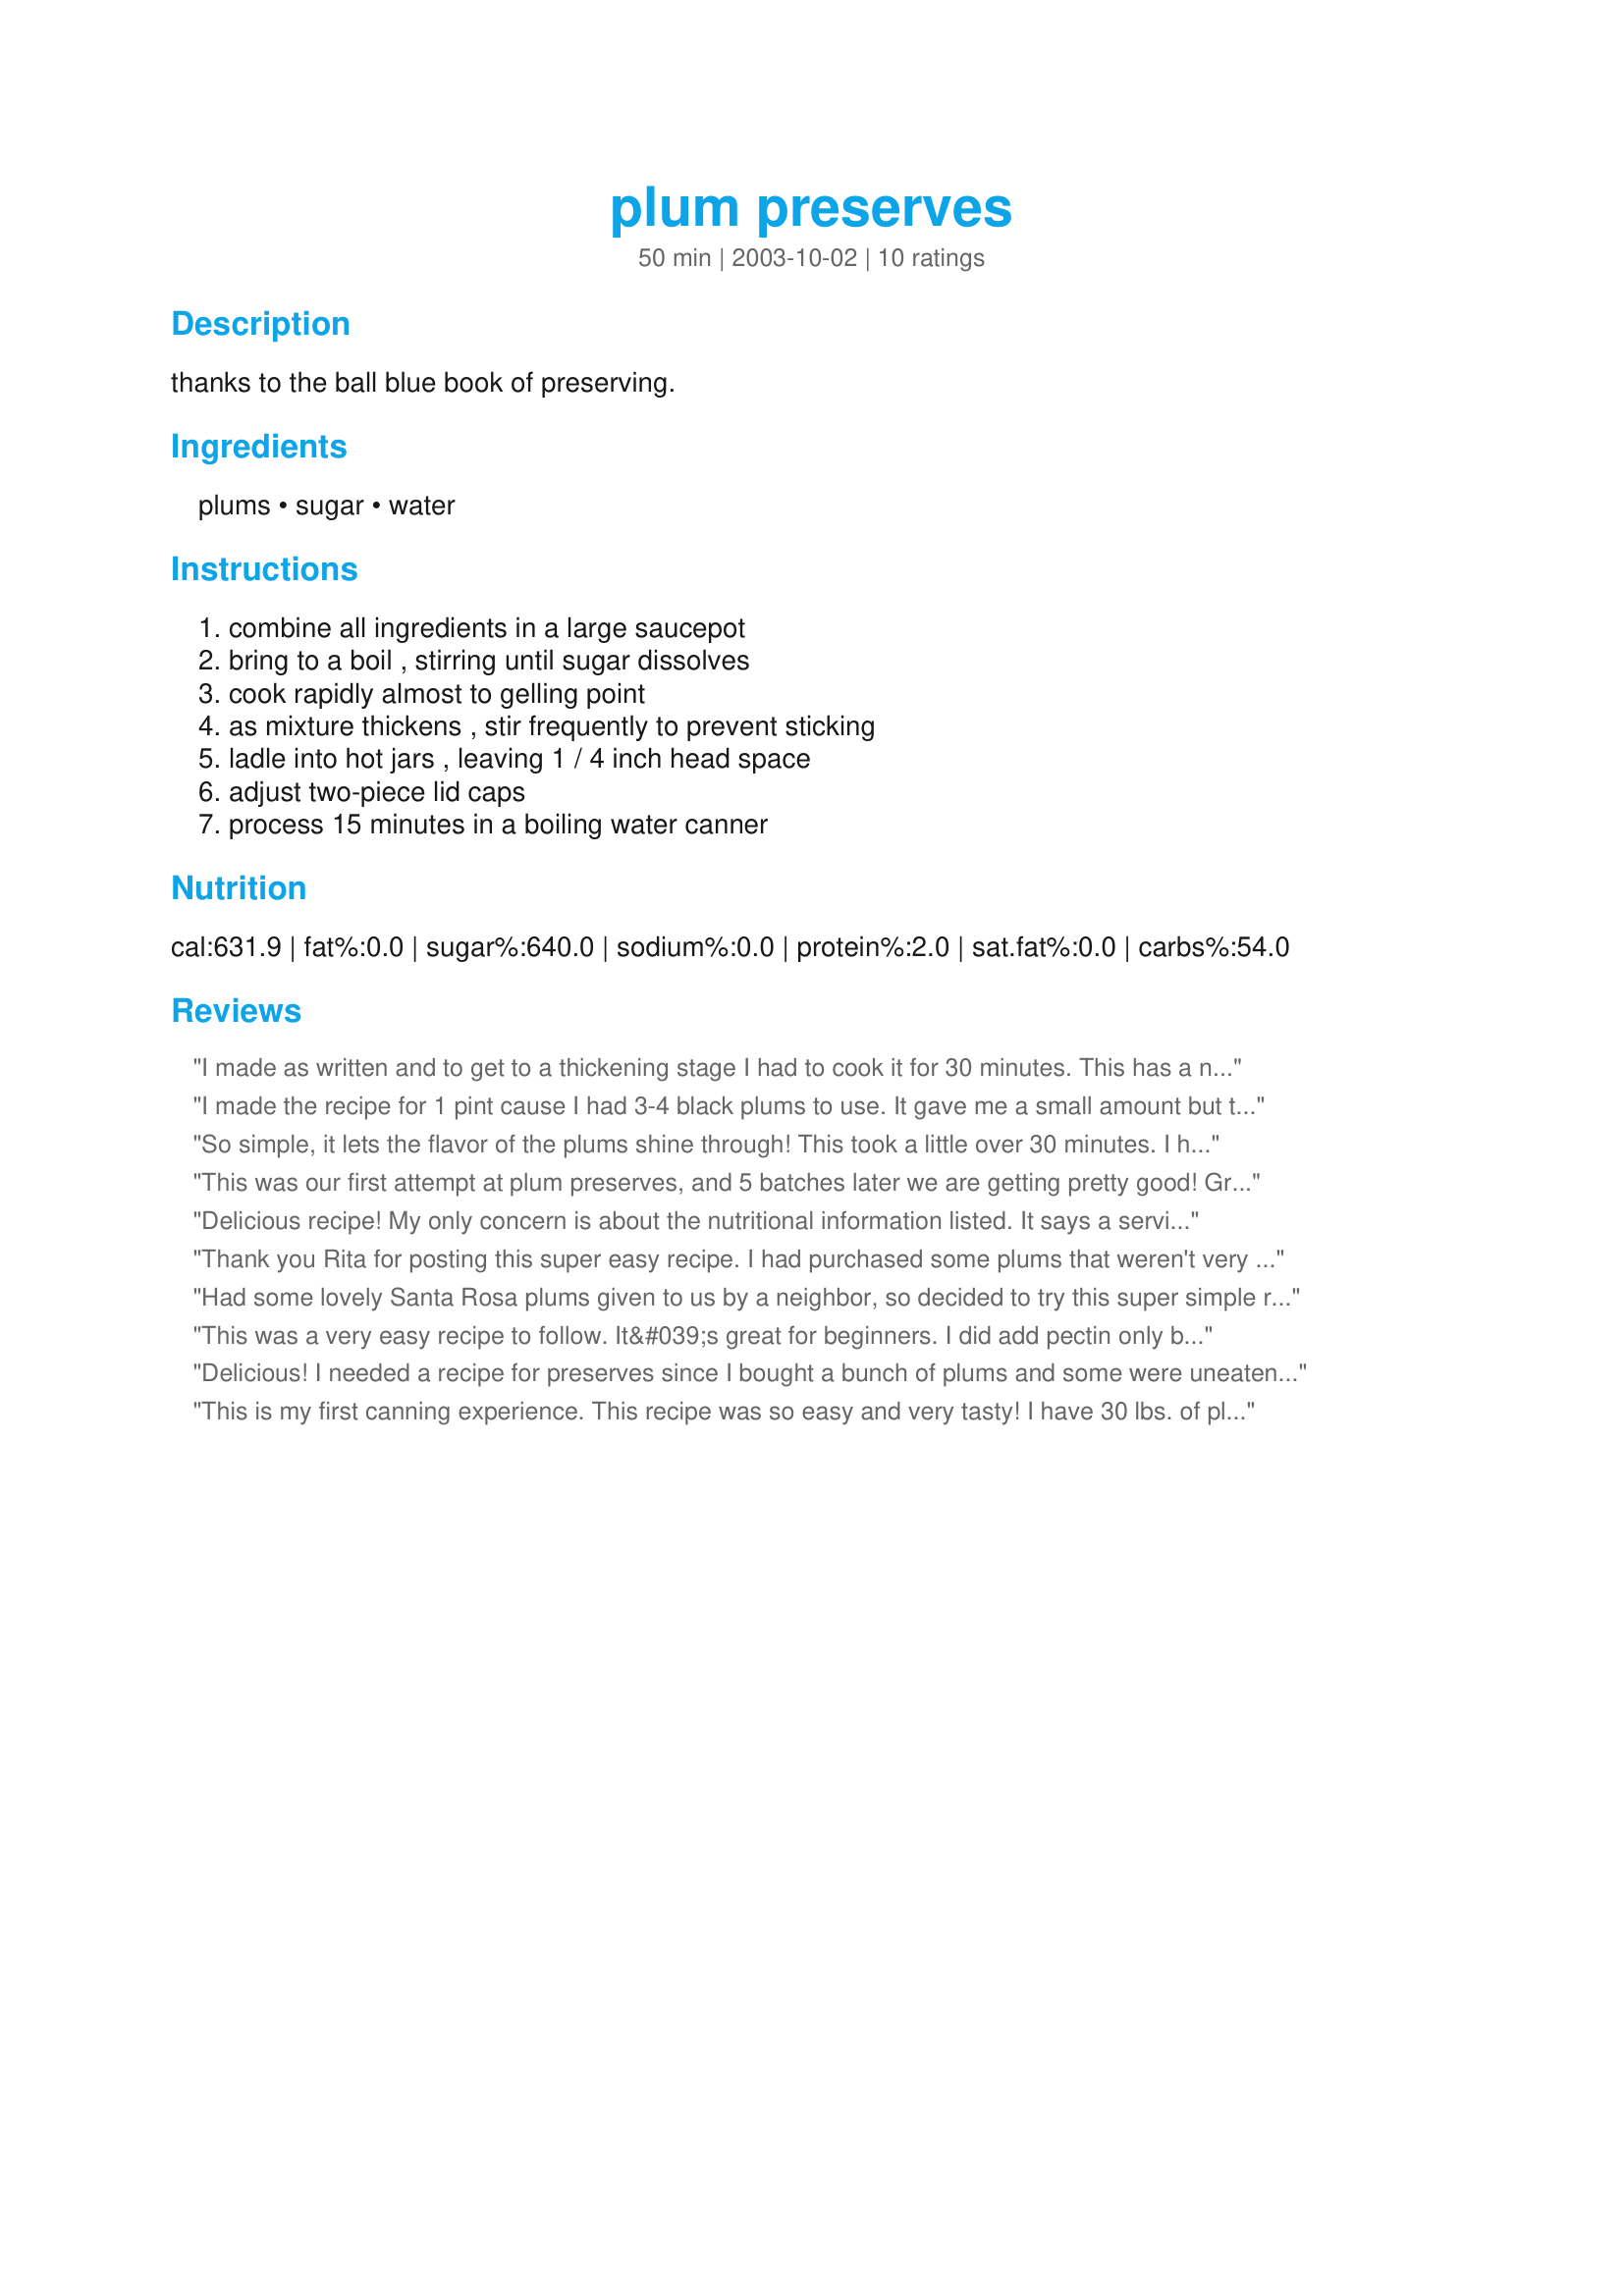
plum preserves
Preparation time: 50 minutes

thanks to the ball blue book of preserving.

Ingredients:
plums, sugar, water

Steps:
combine all ingredients in a large saucepot, bring to a boil , stirring until sugar dissolves, cook rapidly almost to gelling point, as mixture thickens , stir frequently to prevent sticking, ladle into hot jars , leaving 1 / 4 inch head space, adjust two-piece lid caps, process 15 minutes in a boiling water canner

Reviews:
I made as written and to get to a thickening stage I had to cook it for 30 minutes. This has a nice sweetness to it with the sugar and about half of my plums were really ripe. I got 5 1/2 jars so I plan on giving a couple away. Made for All You Can Cook Buffet Tag.
I made the recipe for 1 pint cause I had 3-4 black plums to use. It gave me a small amount but that's great since I'm the only one to use jam. It's so yummy. It was my first time tasting plum preserves. Thanks Rita :) Made for I Recommend tag game
So simple, it lets the flavor of the plums shine through! This took a little over 30 minutes. I halved the recipe and it made one full pint with about 1/2 cup left over to eat right away. Delicious! Thanks Rita!
This was our first attempt at plum preserves, and 5 batches later we are getting pretty good! Great recipe. We did cut back on the sugar a bit, just trying to limit our dietary sugar. We did a 2 to 1 ratio of fruit to sugar. The preserves are wonderfully sweet and tart. Thanks for a great recipe!
Delicious recipe! My only concern is about the nutritional information listed. It says a serving size is 1862 grams and 631.9 calories per serving. 1862 grams is 65+ ounces... which is well, a LOT to be a serving. I&#039;m using this as a preserve/jam to go on toast and am using one tablespoon... so I had to jump through hoops (online conversion charts) to discover that 1 tablespoon would be 5.09 calories.
Thank you Rita for posting this super easy recipe. I had purchased some plums that weren't very sweet and not wanting to toss them, I came to Zaar and found this recipe. When making jams, preserves, etc., I would highly recomenned that (1) use a very large pot as the mixture will boil over if not watched very carefully, (2) if at all possible use a jelly thermometer to test for doneness (gell point is 220 degrees at sea level. For every 1,000 feet above sea level, subtract 2 degrees. If a thermometer is not available there are several other methods to test for doness; i.e., the spoon test. Dip a cold metal spoon into the boiling liquid, turn so the liquid runs off the side of the spoon. When the juice slides off the spoon in a sheet, the liquid is done. This recipe takes under 30 minutes to prepare and cook and the resulting product is beautiful and tasty.
Had some lovely Santa Rosa plums given to us by a neighbor, so decided to try this super simple recipe. My guess at the gelling point is 5-10 minutes. Only made about 3/4 of a pint, so omitted the water bath and will eat right away. Deelish! Thanks Rita!
This was a very easy recipe to follow. It&#039;s great for beginners. I did add pectin only because I didn&#039;t want to cook for 30 min. I added 2 tbls of pectin and it was at gel stage in 15 minutes.
Delicious! I needed a recipe for preserves since I bought a bunch of plums and some were uneaten--I made 1/2 of this recipe . I didnt know what a gelling point was but I used a candy thermometer ( I bought one and had never used it) . It said that Gelling point was 225 degrees F. I cooked the preserevs to about 215 degrees F and I poured the preerves into a clean mason jar. The 1/2 of the recipe made 1 mason jar, 3/4 full. I didnt can the preserves: instead I put it in the refridge since it will be gone within 2-3 weeks. Thanks so much for the recipe!
This is my first canning experience. This recipe was so easy and very tasty! I have 30 lbs. of plums and will continue to use this recipe all night until they are gone :) Jelling point took 30 minutes for me using a gas stove.
